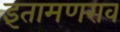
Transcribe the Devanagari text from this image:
इंतामणराव